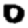
Digit: 0